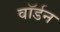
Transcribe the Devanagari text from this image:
वॉर्डन